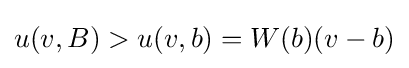
u(v,B)>u(v,b)=W(b)(v-b)